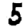
Digit: 5